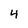
Character: 4